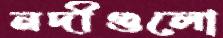
নদীগুলো